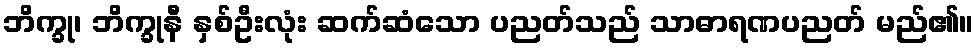
ဘိက္ခု၊ ဘိက္ခုနီ နှစ်ဦးလုံး ဆက်ဆံသော ပညတ်သည် သာဓာရဏပညတ် မည်၏။